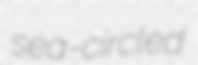
sea-circled